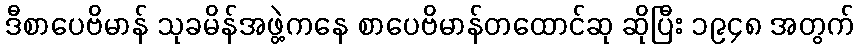
ဒီစာပေဗိမာန် သုခမိန်အဖွဲ့ကနေ စာပေဗိမာန်တထောင်ဆု ဆိုပြီး ၁၉၄၈ အတွက်